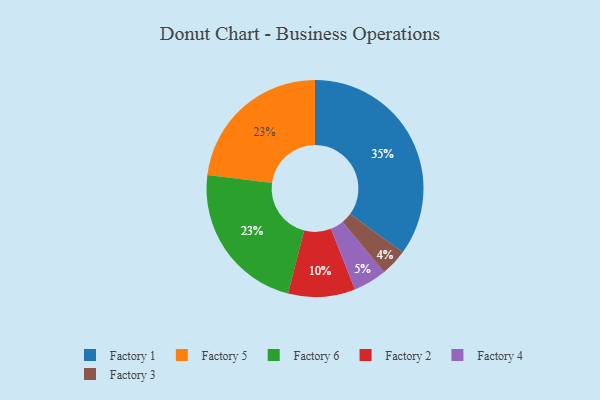
{"axis": {"x": "Category", "y": "Percentage"}, "legend": ["Factory 1", "Factory 2", "Factory 3", "Factory 4", "Factory 5", "Factory 6"], "data": [{"x": "Factory 2", "y": 10, "type": "Factory 2"}, {"x": "Factory 5", "y": 23, "type": "Factory 5"}, {"x": "Factory 6", "y": 23, "type": "Factory 6"}, {"x": "Factory 4", "y": 5, "type": "Factory 4"}, {"x": "Factory 1", "y": 35, "type": "Factory 1"}, {"x": "Factory 3", "y": 4, "type": "Factory 3"}]}